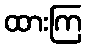
ထားကြ